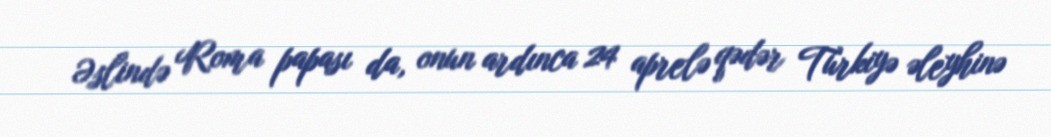
Əslində Roma papası da, onun ardınca 24 aprelə qədər Türkiyə əleyhinə